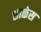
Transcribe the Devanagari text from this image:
शाळेस